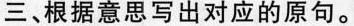
三、根据意思写出对应的原句。